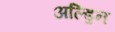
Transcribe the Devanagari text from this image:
अल्ड्रिन